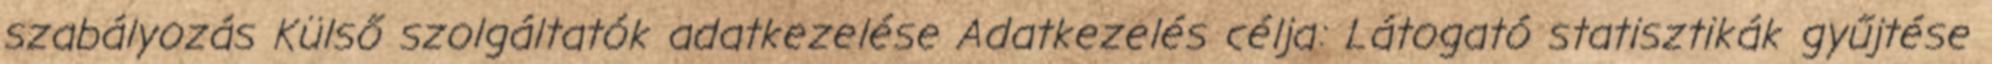
szabályozás Külső szolgáltatók adatkezelése Adatkezelés célja: Látogató statisztikák gyűjtése